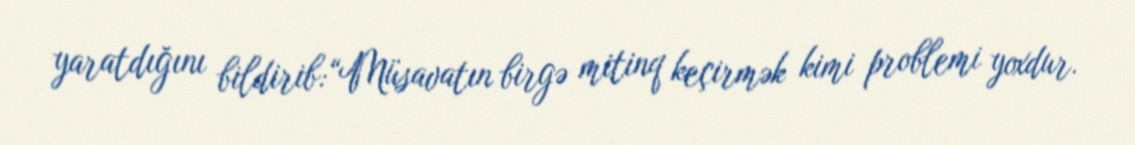
yaratdığını bildirib:“Müsavatın birgə mitinq keçirmək kimi problemi yoxdur.